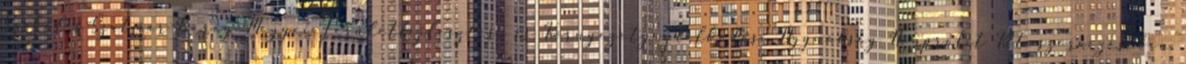
Szabolcs-Szatmár-Bereg Megyei Területfejlesztési és Környezetgazdálkodási Ügynökség Nonprofit Kft. szervezésében